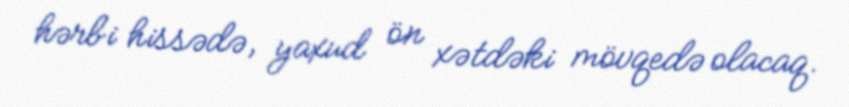
hərbi hissədə, yaxud ön xətdəki mövqedə olacaq.